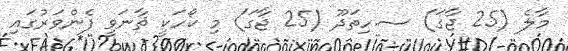
މާލެ (25 ޖާގަ) ސ.ހިތަދޫ (25 ޖާގަ) މި ކޯހަކީ ޘާނަވީ ފެންވަރުގައި